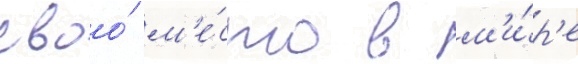
своо́ м'е́сто в м'и́р'е